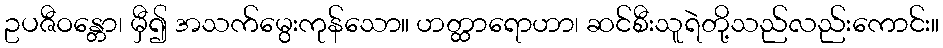
ဥပဇီဝန္တော၊ မှီ၍ အသက်မွေးကုန်သော။ ဟတ္ထာရောဟာ၊ ဆင်စီးသူရဲတို့သည်လည်းကောင်း။